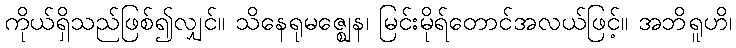
ကိုယ်ရှိသည်ဖြစ်၍လျှင်။ သိနေရုမဇ္ဈေန၊ မြင်းမိုရ်တောင်အလယ်ဖြင့်။ အဘိရူဟိ၊